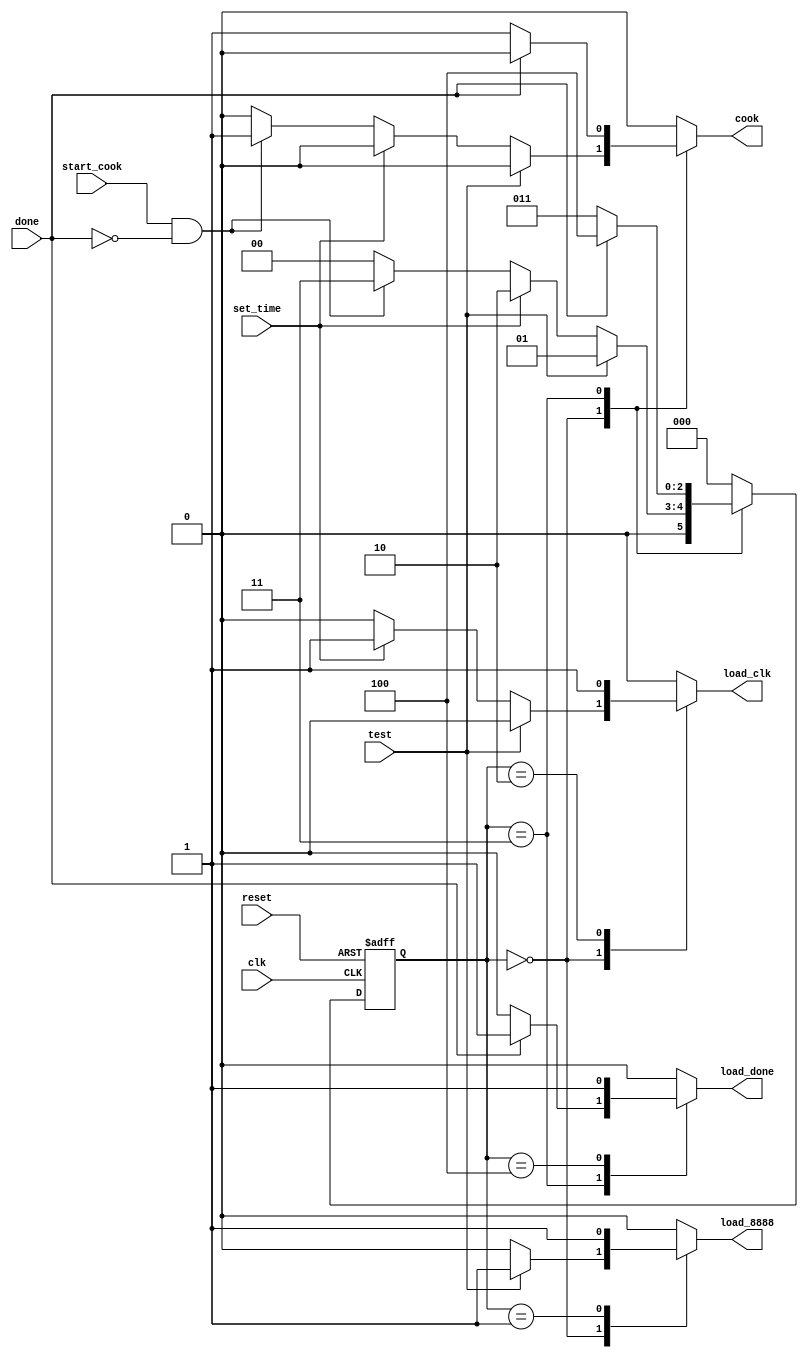
module micro_st(clk, reset, test, set_time, start_cook, done,
    cook, load_8888, load_clk, load_done);
input clk, reset, test, set_time, start_cook, done;
output cook, load_8888, load_clk, load_done;
reg cook, load_8888, load_clk, load_done;

/*  This file is complete. It is supplied intact to allow for simple           */
/*  experimentation with the Synopsys Finite State Machine Optimization Tools. */

//synopsys state_vector state

parameter [2:0]  /* synopsys enum bus_states */
                IDLE 	  = 3'd0,
		LAMP_TEST = 3'd1,
		SET_CLOCK = 3'd2,
		TIMER     = 3'd3,
                DONE_MSG  = 3'd4;

reg [2:0] /* synopsys enum bus_states */  state, next_state;
 	
always @(state or test or done or set_time or start_cook)
begin

/* To define "default" settings for outputs as well as the next_state of our */
/* design, we will first set some "initializations". These "initializations"  */
/* will then be selectively overwritten by assignments within the following   */
/* case statement.  While this is not the only way of ensuring complete       */ 
/* specifications for these items, and hence avoiding latch inference,        */
/* this simple method is logically correct.                                   */


    next_state = IDLE;
    {load_8888, load_clk, cook, load_done} = 4'b0;  

    case(state)

    IDLE: begin
          if (test) begin
                    next_state = LAMP_TEST;
                    load_8888 = 1'b1;
                    end 
          else if (set_time) begin
                             next_state = SET_CLOCK;
                             load_clk   = 1'b1;
                             end
          else if (start_cook & !done) begin
                                       next_state = TIMER;
                                       cook = 1'b1;
                                       end
          else begin
               next_state = IDLE;
               {load_8888, load_clk, cook, load_done} = 4'b0;
               end
          end

   LAMP_TEST: begin
        load_8888 = 1'b1;
        next_state = IDLE;
        end

   SET_CLOCK: begin
        load_clk = 1'b1;
        next_state = IDLE;
        end

   TIMER: begin
          if (!done) begin
                     cook = 1'b1;
                     next_state = TIMER;
                     end
          else begin
               next_state = DONE_MSG;
               load_done = 1'b1;
               end
          end

   DONE_MSG: begin
             load_done = 1'b1;
             next_state = IDLE;
             end
	   
    endcase
end

always @( posedge clk or negedge reset)
if (!reset) state = IDLE;
else        state = next_state;

endmodule